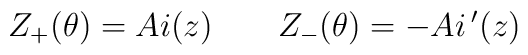
Z_+(\theta)=Ai(z) \qquad Z_-(\theta) = -Ai\,^\prime(z)